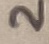
Text: 2